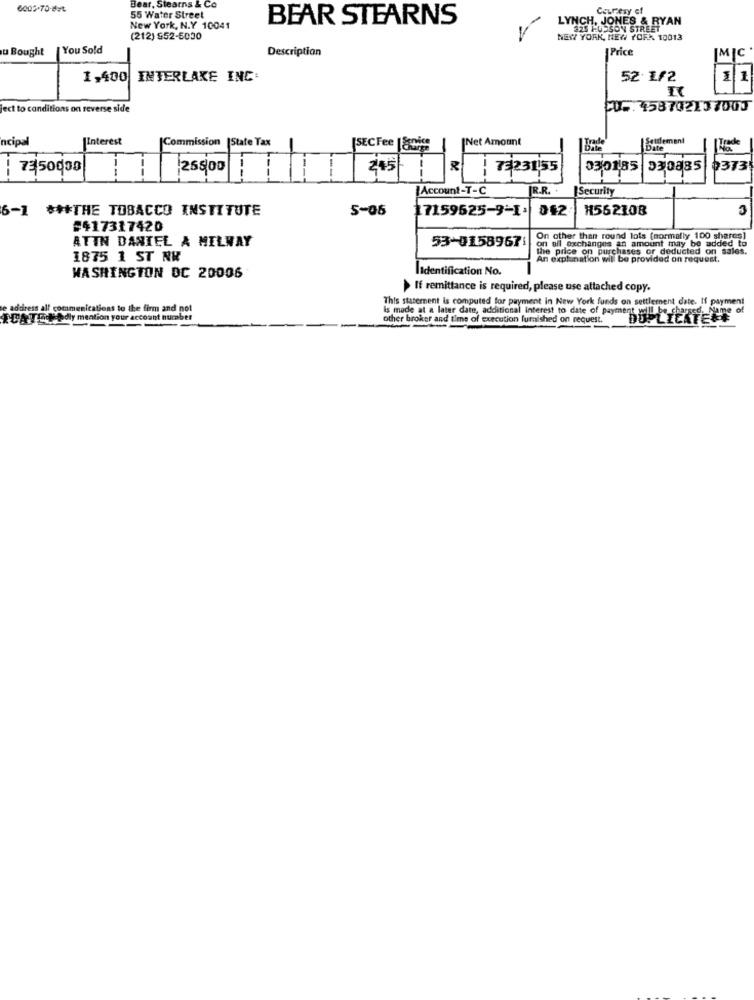
Bear, Stearns & Co
Courtesy of
55 Water Street
BEAR STEARNS
LYNCH, JONES & RYAN
New York, N.Y 10041
(212) $52-5030
NEW YORK, NEW YORK 10013
u Bought
You Sold
Description
Price
1,400 INTERLAKE INC:
52 1/2
1
ject to conditions on reverse side
C .. 458702137000
incipal
Interest
|Commission |State Tax
Net Amount
Trade
SECFee Jauge
Date
73 50008
26500
2,45
R
73231,55
030185
530885
0373
--
[Account-T-C
R.R. .
Security
6-1 *** THE TOBACCO INSTITUTE
5-05
17159625-9-1.
042
H562308
3
#417317420
ATTN DANIEL A MILWAY
53-01589671
On other than round lots (normally 100 shares]
oil exchanges an amount may be added to
the price on purchases or deducted on sales.
1875 1 ST NR
An explanation will be provided on request.
WASHINGTON DC 20006
IIdentification No.
If remittance is required, please use attached copy.
This statement is computed for payment in New York funds on settlement date. If payment
ss all communications to the firm and not
KURTEl Adly mention your account number
other broker and time of execution furnished on request.
is made at a later date, additional interest to date of Payment HERTEL